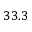
3 3 . 3